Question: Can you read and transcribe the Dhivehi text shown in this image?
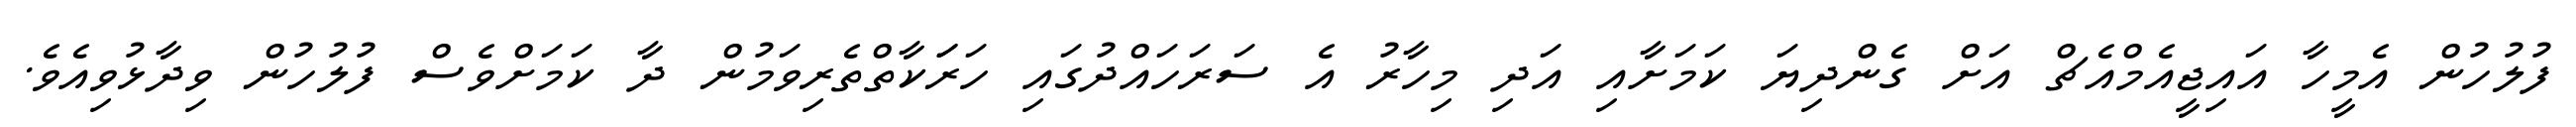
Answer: ފުލުހުން އެމީހާ އައިޖީއެމްއެޗް އަށް ގެންދިޔަ ކަމަށާއި އަދި މިހާރު އެ ސަރަހައްދުގައި ހަރަަކާތްތެރިވަމުން ދާ ކަމަށްވެސް ފުލުހުން ވިދާޅުވިއެވެ.